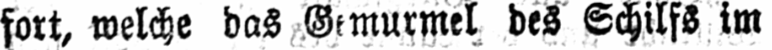
des Schilfs im